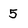
Character: 5